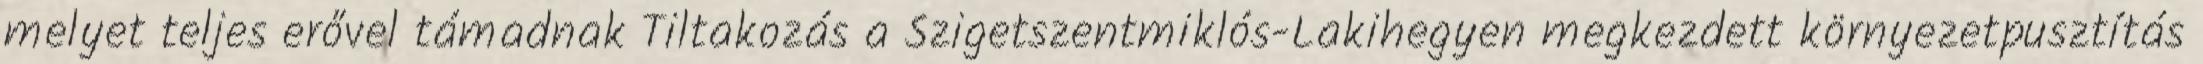
melyet teljes erővel támadnak Tiltakozás a Szigetszentmiklós-Lakihegyen megkezdett környezetpusztítás